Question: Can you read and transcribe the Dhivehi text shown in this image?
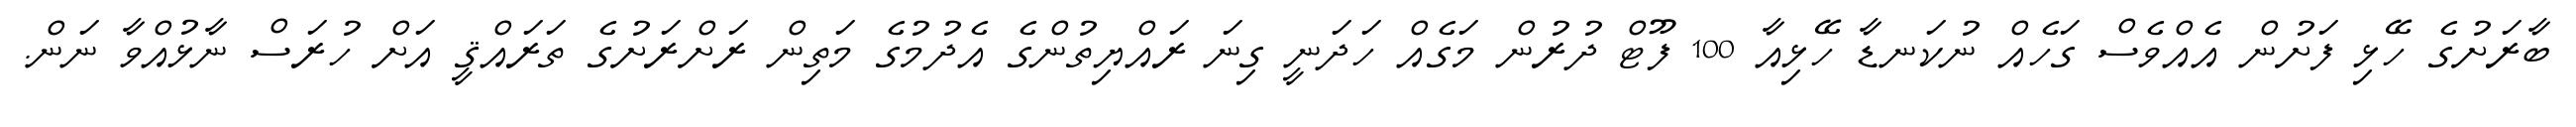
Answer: ބާރަށުގެ ހޭޅި ފަށުން އެއްވެސް ގަހެއް ނުކަނޑާ ހޭޅިއާ 100 ފޫޓް ދުރުން މަގެއް ހަދަނީ ގިނަ ރައްޔިތުންގެ އެދުމުގެ މަތިން ރަށްރަށުގެ ތަރައްޤީ އަށް ހުރަސް ނާޅުއްވާ ނަން.